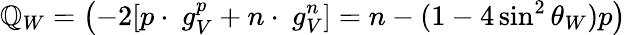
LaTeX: \mathbb{Q}_{W}=\left(-2[p\cdot~g_{V}^{p}+n\cdot~g_{V}^{n}]=n-(1-4\sin^{2}\theta_{W})p\right)